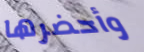
وأحضرها